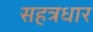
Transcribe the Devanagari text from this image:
सहत्रधार